Vaccination in the Punjab 1867-1880 - 1867-1880
Year: 1867
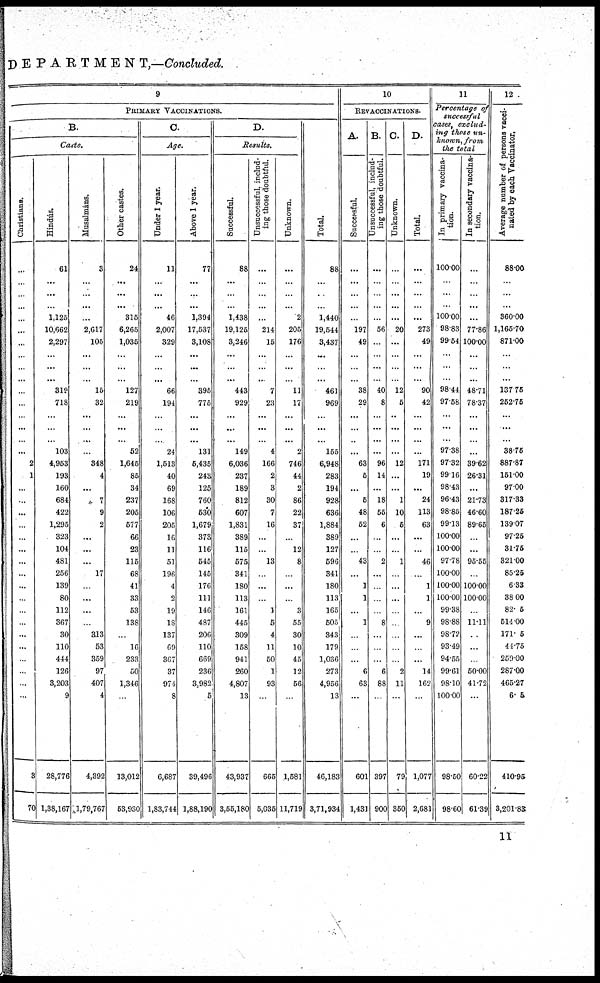
DEPARTMENT,—Concluded.
9
PRIMARY VACCINATIONS.
B.
Christians.
...
...
...
...
...
...
...
...
...
...
...
...
...
...
...
...
2
1
...
...
...
...
...
...
...
...
...
...
...
...
...
...
...
...
...
...
3
70
Caste.
Hindus.
61
...
...
...
1,125
10,662
2,297
...
...
...
319
718
...
...
...
103
4,953
193
160
684
422
1,295
323
104
481
256
139
80
112
367
30
110
444
126
3,203
9
28,776
1,38,167
Alusalmáns.
3
...
...
...
...
2,617
105
...
...
...
15
32
...
...
...
...
348
4
...
7
9
2
...
...
...
17
...
...
...
...
313
53
359
97
407
4
4,392
1,79,767
Other castes.
24
...
...
...
315
6,265
1,035
...
...
...
127
219
...
...
...
52
1,645
85
34
237
205
577
66
23
115
68
41
33
53
138
...
16
233
50
1,346
...
13,012
53,930
C.
Age.
Under 1 year.
11
...
...
...
46
2,007
329
...
...
...
66
194
...
...
...
24
1,513
40
69
168
106
205
16
11
51
196
4
2
19
18
137
69
367
37
971
8
6,687
1,83,744
Above 1 year.
77
...
...
...
1,394
17,537
3,108
...
...
...
395
775
...
...
...
131
5,435
243
125
760
530
1,679
373
116
545
145
176
111
146
487
206
110
669
236
3,982
5
39,496
1,88,190
D.
Results.
Successful.
88
...
...
...
1,438
19,125
3,246
...
...
...
443
929
...
...
...
149
6,036
237
189
812
607
1,831
389
115
575
341
180
113
161
445
309
158
941
260
4,807
13
43,937
3,55,180
Unsuccessful, includ-
ing those doubtful.
...
...
...
...
...
214
15
...
...
...
7
23
...
...
...
4
166
2
3
30
7
16
...
...
13
...
...
...
1
5
4
11
50
1
93
...
665
5,035
Unknown.
...
...
...
...
2
205
176
...
...
...
11
17
...
...
...
2
746
44
2
86
22
37
...
12
8
...
...
...
3
55
30
10
45
12
56
...
1,581
11,719
Total.
88
...
...
...
1,440
19,544
3,437
...
...
...
461
969
...
...
...
155
6,948
283
194
928
636
1,884
389
127
596
341
180
113
165
505
343
179
1,036
273
4,956
13
46,183
3,71,934
10
REVACCINATIONS.
A.
Successful.
...
...
...
...
...
197
49
...
...
...
38
29
...
...
...
...
63
5
...
5
48
52
...
...
43
...
1
1
...
1
...
...
...
6
63
...
601
1,431
B.
Unsuccessful, includ-
ing those doubtful.
...
...
...
...
...
56
...
...
...
...
40
8
...
...
...
...
96
14
...
18
55
6
...
...
2
...
...
...
...
8
...
...
...
6
88
...
397
900
C.
Unknown.
...
...
...
...
...
20
...
...
...
...
12
5
...
...
...
...
12
...
...
1
10
5
...
...
1
...
...
...
...
...
...
...
...
2
11
...
79
350
D.
Total.
...
...
...
...
...
273
49
...
...
...
90
42
...
...
...
...
171
19
...
24
113
63
...
...
46
...
1
1
...
9
...
...
...
14
162
...
1,077
2,681
11
Percentage of
successful
casts, exclud-
ing those un-
known, from
the total
I
n primary vaccina-
tion.
100.00
...
...
...
100.00
98.83
99.54
...
...
...
98.44
97.58
...
...
...
97.38
97.32
99.16
98.43
96.43
98.85
99.13
100.00
100.00
97.78
100.00
100.00
100.00
99.38
98.88
98.72
93.49
94.55
99.61
98.10
100.00
98.50
98.60
In secondary vaccina-
tion.
...
...
...
...
...
77.86
100.00
...
...
...
48.71
78.37
...
...
...
...
39.62
26.31
...
21.73
46.60
89.65
...
...
95.55
...
100.00
100.00
...
11.11
...
...
...
50.00
41.72
...
60.22
61.39
12
Average number of persons vacci-
nated by each Vaccinator.
88.00
...
...
...
360.00
1,165.70
871.00
...
...
...
137.76
252.75
...
...
...
38.75
887.87
151.00
97.00
317.33
187.25
139.07
97.25
31.75
321.00
85.25
6.33
38.00
82.5
614.00
171.5
44.75
259.00
287.00
465.27
6.5,
410.95
3,201.83
11